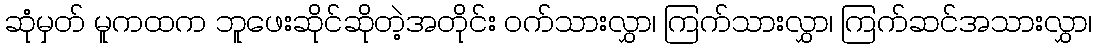
ဆုံမှတ် မူကထက ဘူဖေးဆိုင်ဆိုတဲ့အတိုင်း ဝက်သားလွှာ၊ ကြက်သားလွှာ၊ ကြက်ဆင်အသားလွှာ၊